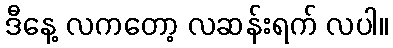
ဒီနေ့ လကတော့ လဆန်းရက် လပါ။